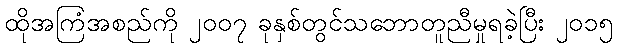
ထိုအကြံအစည်ကို ၂၀၀၇ ခုနှစ်တွင်သဘောတူညီမှုရခဲ့ပြီး ၂၀၁၅